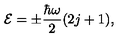
{ \cal E } = \pm { \frac { \hbar \omega } { 2 } } ( 2 j + 1 ) ,